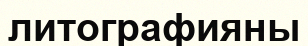
литографияны